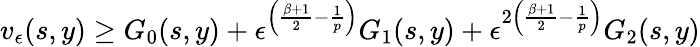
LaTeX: v_{\epsilon}(s,y)\geq G_{0}(s,y)+\epsilon^{\left(\frac{\beta+1}{2}-\frac{1}{p}\right)}G_{1}(s,y)+\epsilon^{2\left(\frac{\beta+1}{2}-\frac{1}{p}\right)}G_{2}(s,y)